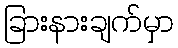
ခြားနားချက်မှာ